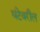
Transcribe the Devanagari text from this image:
घंटेवरील